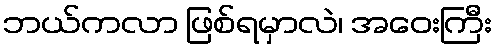
ဘယ်ကလာ ဖြစ်ရမှာလဲ၊ အဝေးကြီး